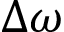
\Delta \omega